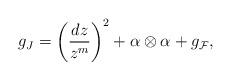
LaTeX: \begin{align*}g_J=\left(\frac{dz}{z^m}\right)^2+\alpha\otimes \alpha+g_\mathcal{F},\end{align*}